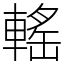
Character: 𨍳